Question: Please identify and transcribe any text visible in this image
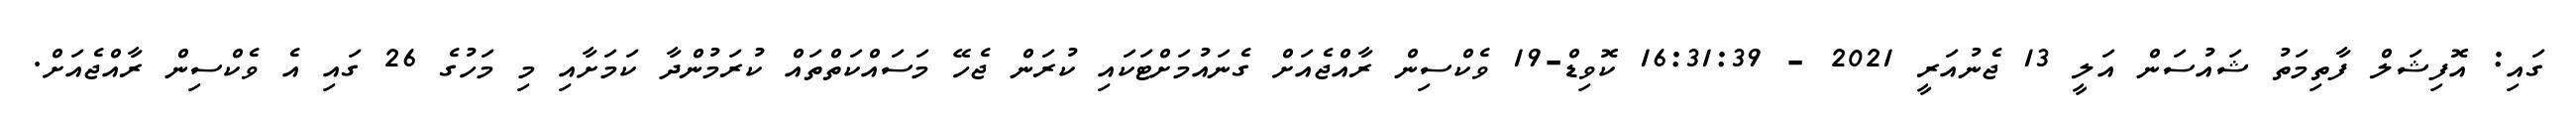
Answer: ގައި: އޮފިޝަލް ފާތިމަތު ޝައުސަން އަލީ 13 ޖެނުއަރީ 2021 - 16:31:39 ކޮވިޑް-19 ވެކްސިން ރާއްޖެއަށް ގެނައުމަށްޓަކައި ކުރަން ޖެހޭ މަސައްކަތްތައް ކުރަމުންދާ ކަމަށާއި މި މަހުގެ 26 ގައި އެ ވެކްސިން ރާއްޖެއަށް.